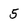
Character: 5